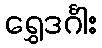
ရွှေဒင်္ဂါး